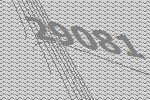
29081